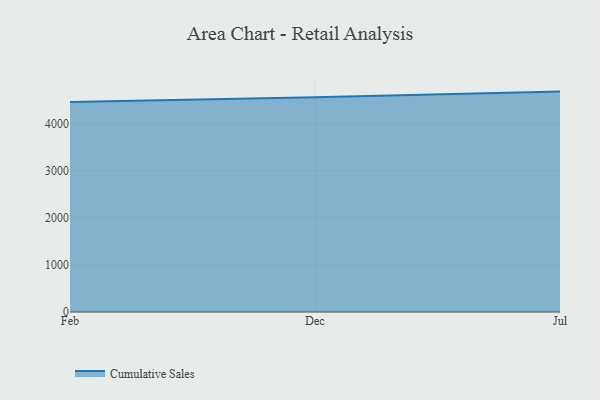
{"axis": {"x": "Month", "y": "Latency (ms)"}, "legend": ["Cumulative Sales"], "data": [{"x": "Feb", "y": 4457.1, "type": "Cumulative Sales"}, {"x": "Dec", "y": 4558.0, "type": "Cumulative Sales"}, {"x": "Jul", "y": 4679.1, "type": "Cumulative Sales"}]}